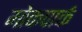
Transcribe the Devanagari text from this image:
मोकपार्क